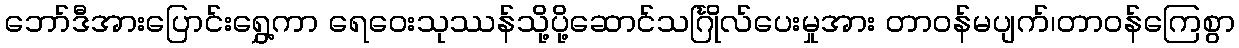
ဘော်ဒီအားပြောင်းရွှေ့ကာ ရေဝေးသုဿန်သို့ပို့ဆောင်သင်္ဂြိုလ်ပေးမှုအား တာဝန်မပျက်၊တာဝန်ကြေစွာ